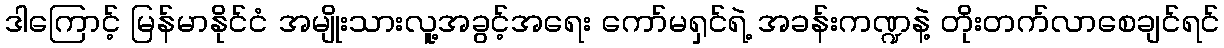
ဒါကြောင့် မြန်မာနိုင်ငံ အမျိုးသားလူ့အခွင့်အရေး ကော်မရှင်ရဲ့ အခန်းကဏ္ဍနဲ့ တိုးတက်လာစေချင်ရင်